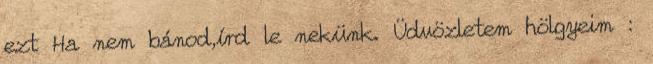
ezt Ha nem bánod,írd le nekünk. Üdvözletem hölgyeim :